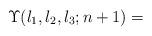
LaTeX: \begin{align*}\Upsilon(l_{1},l_{2},l_{3};n+1)= \end{align*}